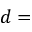
d =